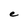
Character: e